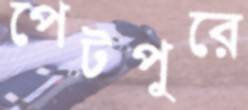
পেটপুরে